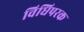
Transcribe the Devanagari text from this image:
विधिपरक